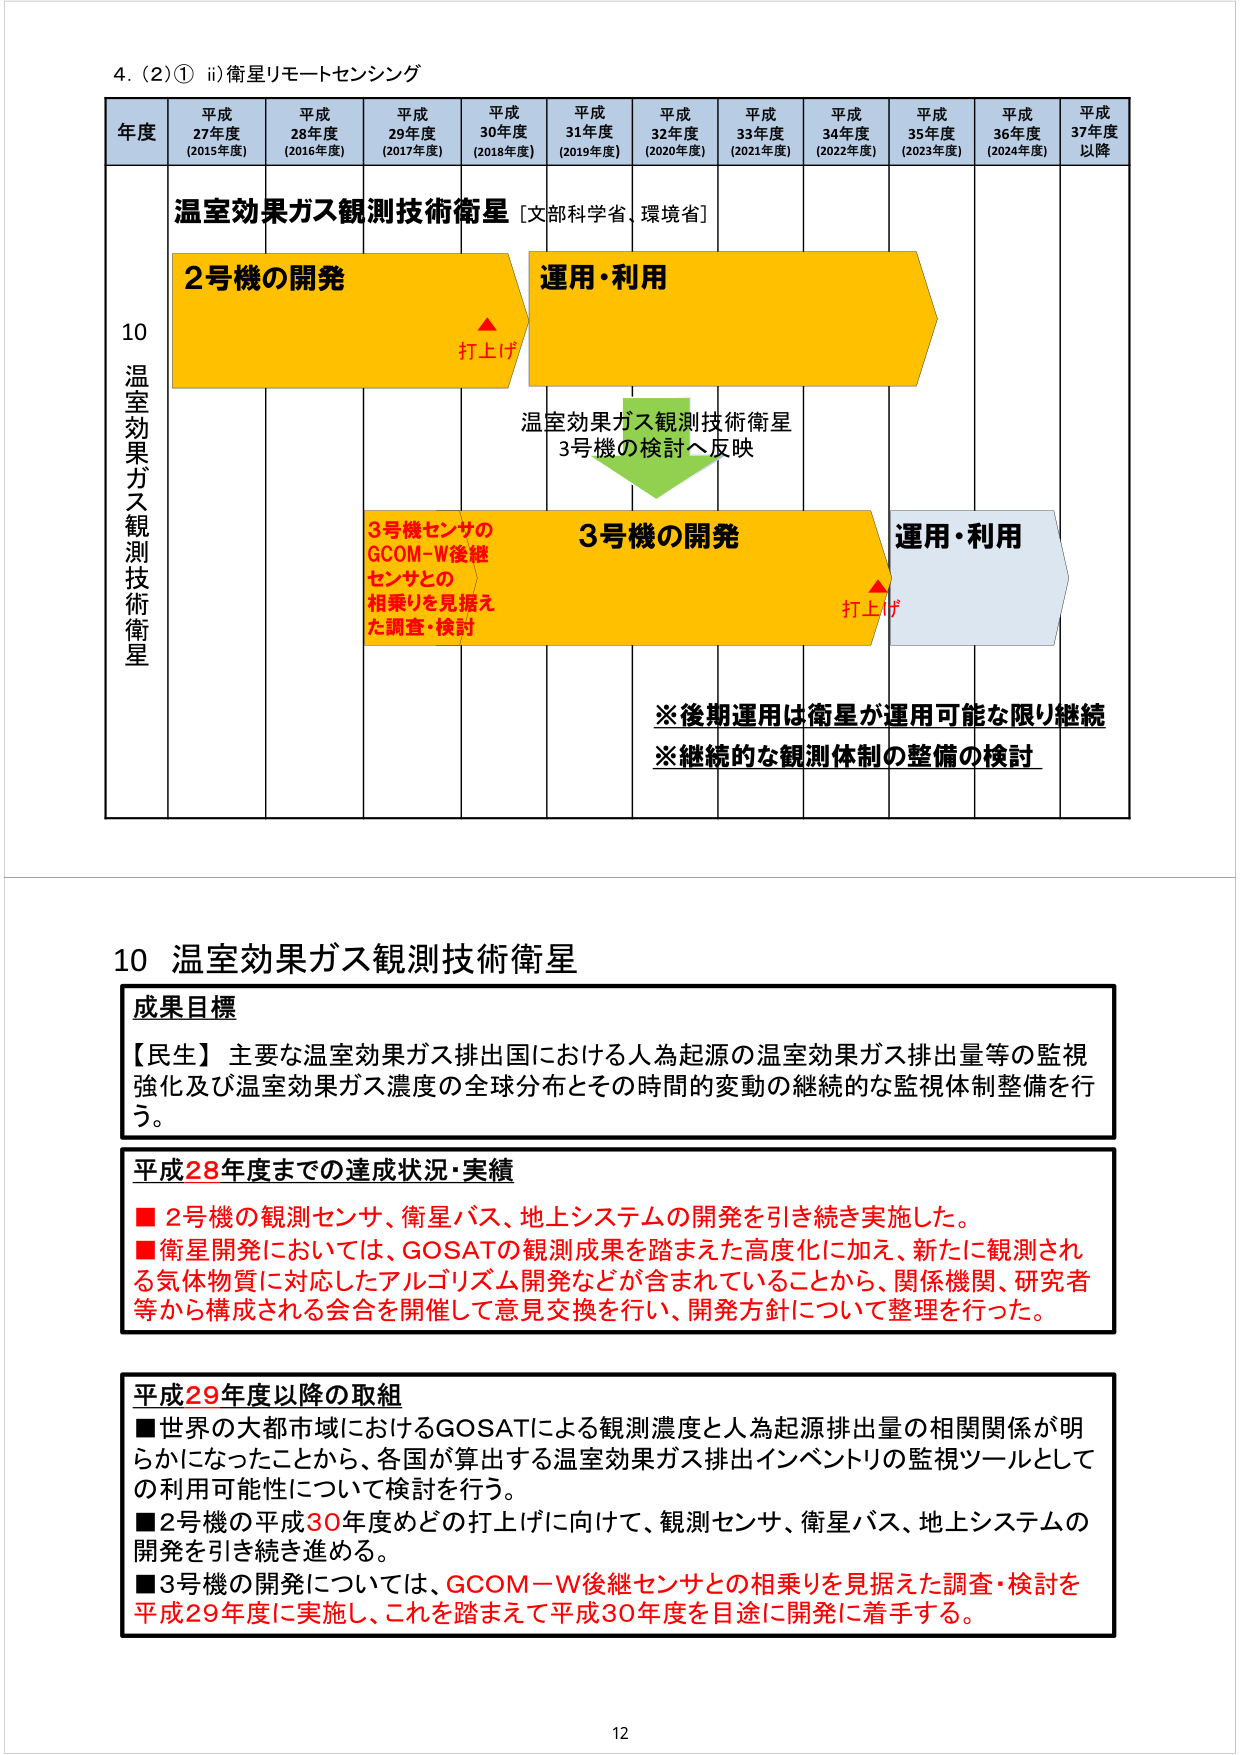
4. (2)① ii) 衛星リモートセンシング

年度 平成27年度 (2015年度) 平成28年度 (2016年度) 平成29年度 (2017年度) 平成30年度 (2018年度) 平成31年度 (2019年度) 平成32年度 (2020年度) 平成33年度 (2021年度) 平成34年度 (2022年度) 平成35年度 (2023年度) 平成36年度 (2024年度) 平成37年度以降

温室効果ガス観測技術衛星 [文部科学省、環境省]

2号機の開発 運用・利用
打上げ

温室効果ガス観測技術衛星
3号機の検討へ反映

3号機センサの
GCOM-W後継
センサとの
相乗りを見据え
た調査・検討
3号機の開発 運用・利用
打上げ

※後期運用は衛星が運用可能な限り継続
※継続的な観測体制の整備の検討

10 温室効果ガス観測技術衛星

成果目標
【民生】主要な温室効果ガス排出国における人為起源の温室効果ガス排出量等の監視強化及び温室効果ガス濃度の全球分布とその時間的変動の継続的な監視体制整備を行う。

平成28年度までの達成状況・実績
■ 2号機の観測センサ、衛星バス、地上システムの開発を引き続き実施した。
■ 衛星開発においては、GOSATの観測成果を踏まえた高度化に加え、新たに観測される気体物質に対応したアルゴリズム開発などが含まれていることから、関係機関、研究者等から構成される会合を開催して意見交換を行い、開発方針について整理を行った。

平成29年度以降の取組
■ 世界の大都市域におけるGOSATによる観測濃度と人為起源排出量の相関関係が明らかになったことから、各国が算出する温室効果ガス排出インベントリの監視ツールとしての利用可能性について検討を行う。
■ 2号機の平成30年度めどの打上げに向けて、観測センサ、衛星バス、地上システムの開発を引き続き進める。
■ 3号機の開発については、GCOM-W後継センサとの相乗りを見据えた調査・検討を平成29年度に実施し、これを踏まえて平成30年度を目途に開発に着手する。

12